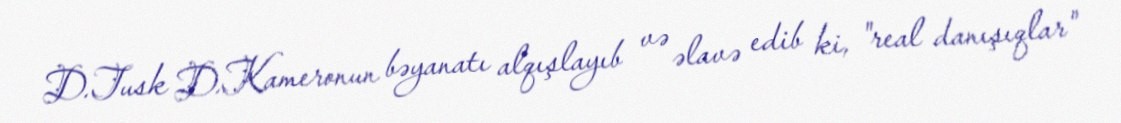
D.Tusk D.Kameronun bəyanatı alqışlayıb və əlavə edib ki, "real danışıqlar"